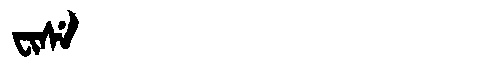
Manchu: ᠸᡳᠰᡝ
Romanization: WISE